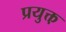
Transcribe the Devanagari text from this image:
प्रयुक्त़